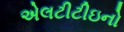
એલટીટીઇનો